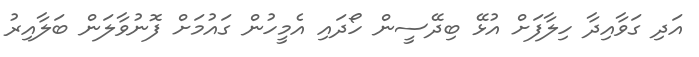
އަދި ގަވާއިދާ ހިލާފަށް އުޅޭ ބިދޭސީން ހޯދައި އެމީހުން ގައުމަށް ފޮނުވާލަން ބަލާއިރު